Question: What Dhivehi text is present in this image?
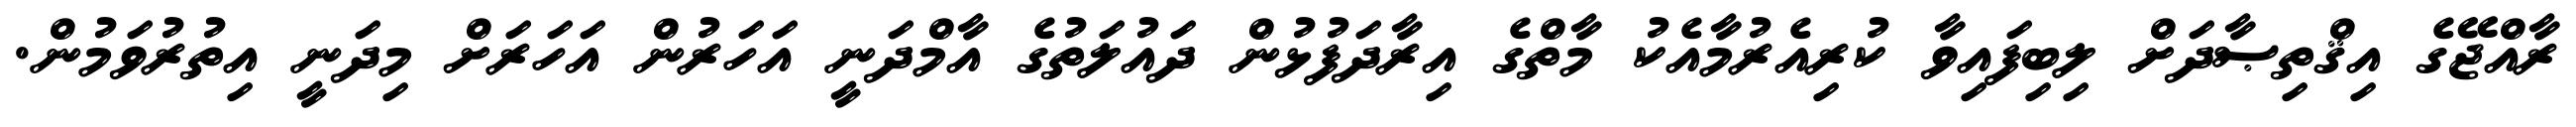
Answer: ރާއްޖޭގެ އިޤްތިޞާދަށް ލިބިފައިވާ ކުރިއެރުމާއެކު މާތްގެ އިރާދަފުޅުން ދައުލަތުގެ އާމްދަނީ އަހަރުން އަހަރަށް މިދަނީ އިތުރުވަމުން.